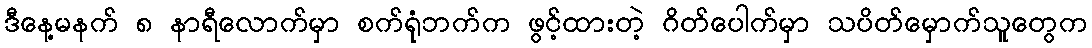
ဒီနေ့မနက် ၈ နာရီလောက်မှာ စက်ရုံဘက်က ဖွင့်ထားတဲ့ ဂိတ်ပေါက်မှာ သပိတ်မှောက်သူတွေက